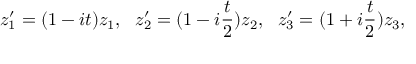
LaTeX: z _ { 1 } ^ { \prime } = ( 1 - i t ) z _ { 1 } , \ \ z _ { 2 } ^ { \prime } = ( 1 - i \frac { t } { 2 } ) z _ { 2 } , \ \ z _ { 3 } ^ { \prime } = ( 1 + i \frac { t } { 2 } ) z _ { 3 } ,